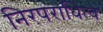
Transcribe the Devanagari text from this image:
निरपराधित्व